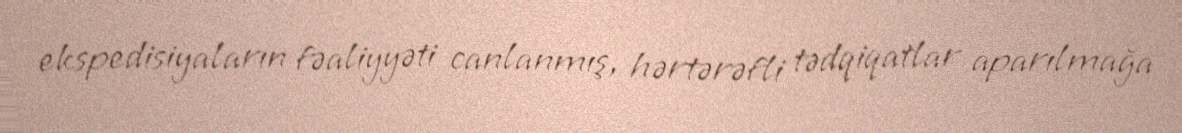
ekspedisiyaların fəaliyyəti canlanmış, hərtərəfli tədqiqatlar aparılmağa